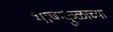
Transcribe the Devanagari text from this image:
भाषाकुळाच्या